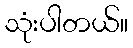
သုံးပါတယ်။